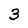
Character: 3